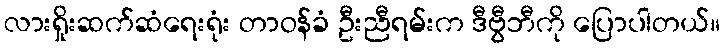
လားရှိုးဆက်ဆံရေးရုံး တာဝန်ခံ ဦးညီရမ်းက ဒီဗွီဘီကို ပြောပါတယ်။